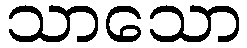
သာသော